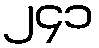
၂၄၁